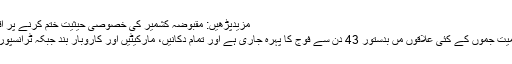
مزیدپڑھیں: مقبوضہ کشمیر کی خصوصی حیثیت ختم کرنے پر اقوام متحدہ کا اظہار تشویش
اس کے بعد سے کشمیر سمیت جموں کے کئی علاقوں مں بدستور 43 دن سے فوج کا پہرہ جاری ہے اور تمام دکانیں، مارکیٹیں اور کاروبار بند جبکہ ٹرانسپورٹ بھی بدستور معطل ہے۔